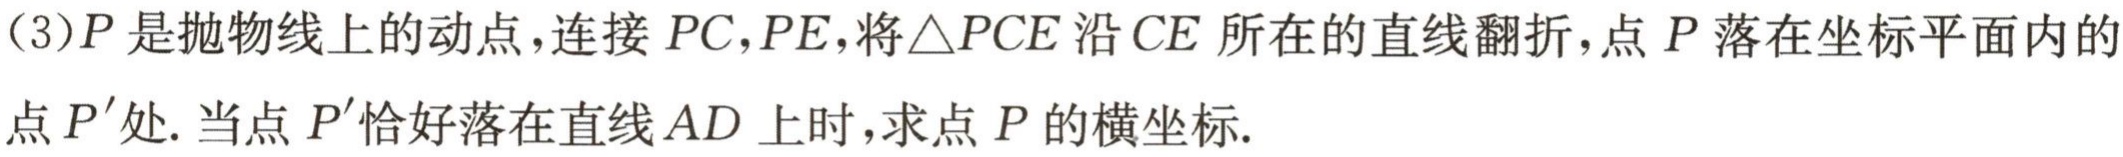
(3)\(P\)是抛物线上的动点，连接\(PC,PE\)，将\(\triangle PCE\)沿\(CE\)所在的直线翻折，点\(P\)落在坐标平面内的
点\(P'\)处. 当点\(P'\)恰好落在直线\(AD\)上时，求点\(P\)的横坐标.